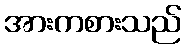
အားကစားသည်